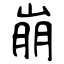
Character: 崩